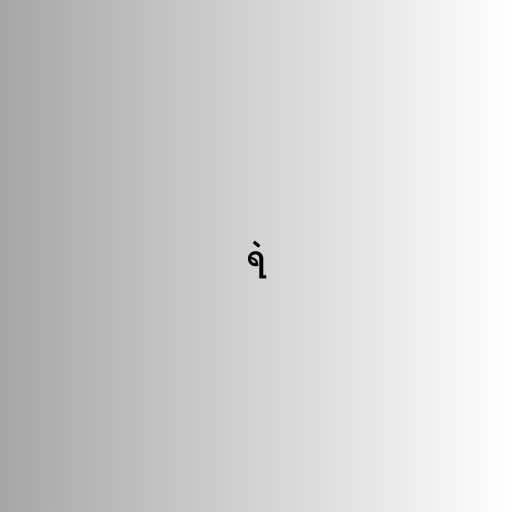
ရဲ